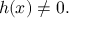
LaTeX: h ( x ) \neq 0 .